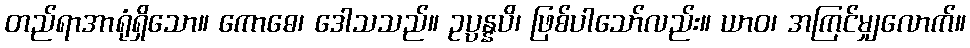
တည်ရာအာရုံရှိသော။ ကောဓေ၊ ဒေါသသည်။ ဥပ္ပန္နပိ၊ ဖြစ်ပါသော်လည်း။ ယာဝ၊ အကြင်မျှလောက်။